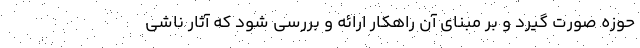
حوزه صورت گیرد و بر مبنای آن راهکار ارائه و بررسی شود که آثار ناشی